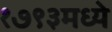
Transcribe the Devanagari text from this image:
१७९३मध्ये